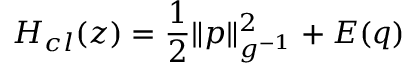
H _ { c l } ( { z } ) = \frac { 1 } { 2 } \| p \| _ { g ^ { - 1 } } ^ { 2 } + E ( q )